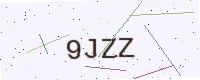
Text: 9JZZ